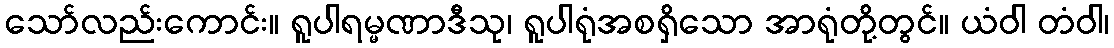
သော်လည်းကောင်း။ ရူပါရမ္မဏာဒီသု၊ ရူပါရုံအစရှိသော အာရုံတို့တွင်။ ယံဝါ တံဝါ၊